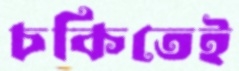
চকিতেই